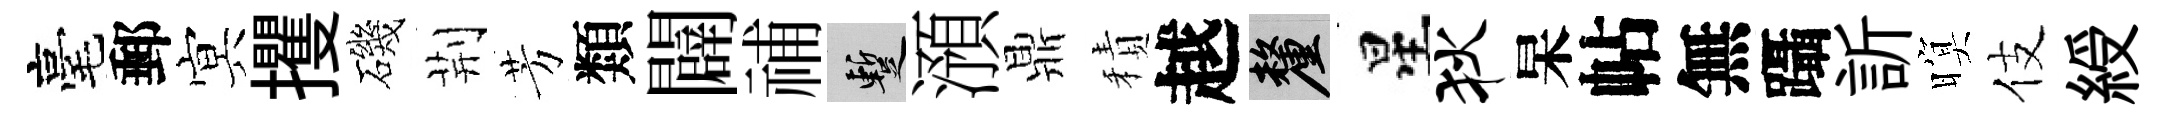
毫郵㝠攫磯荆芳類闢𥙷暫澦鼎積越厘星狄杲帖無躡訢暝伎綬